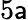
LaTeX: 5\mathsf{a}